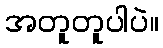
အတူတူပါပဲ။